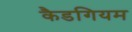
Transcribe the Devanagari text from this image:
कैडगियम